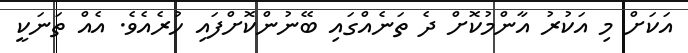
އަކަށް މި އަކުރު އާންމުކޮށް ދެ ތަނެއްގައި ބޭނުންކޮށްފައި ހުރެއެވެ. އެއް ތަނަކީ